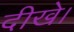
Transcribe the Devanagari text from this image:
दीखे।